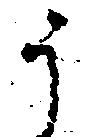
う